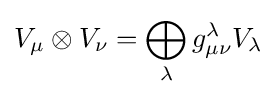
V_{\mu }\otimes V_{\nu }=\bigoplus _{\lambda }g_{\mu \nu }^{\lambda }V_{\lambda }